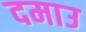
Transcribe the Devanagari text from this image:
दमाउ